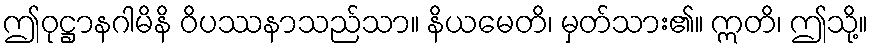
ဤဝုဋ္ဌာနဂါမိနိ ဝိပဿနာသည်သာ။ နိယမေတိ၊ မှတ်သား၏။ ဣတိ၊ ဤသို့။